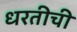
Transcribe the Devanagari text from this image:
धरतीची